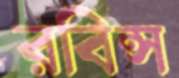
রবিন্স